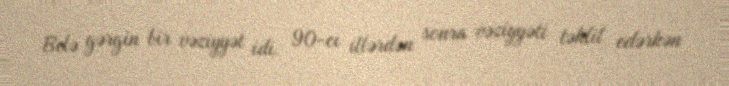
Belə gərgin bir vəziyyət idi. 90-cı illərdən sonra vəziyyəti təhlil edərkən